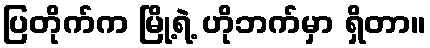
ပြတိုက်က မြို့ရဲ့ ဟိုဘက်မှာ ရှိတာ။